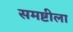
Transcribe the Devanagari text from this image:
समष्टीला